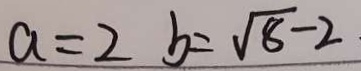
a = 2 b = \sqrt { 8 } - 2